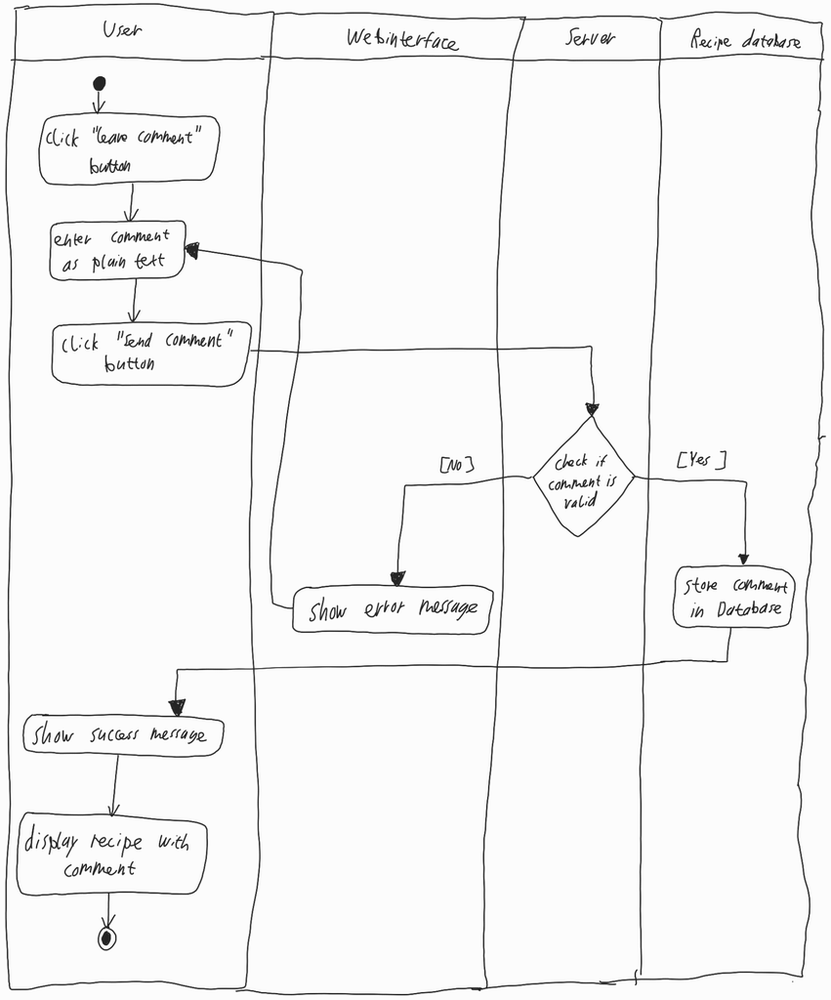
Diagram type: activity_diagram
```plantuml
@startuml

|User|

start

:click "leave comment" button;

repeat:enter comment as plain text;

:click "Send comment" button;

|Webinterface|
backward:Show error message;

|Server|
repeat while (Check if comment is valid) is ([No]) not ([Yes])

|Recipe database|
:store comment in Database;

|User|

:Show success message;

:display recipe with comment;

stop

@enduml
```